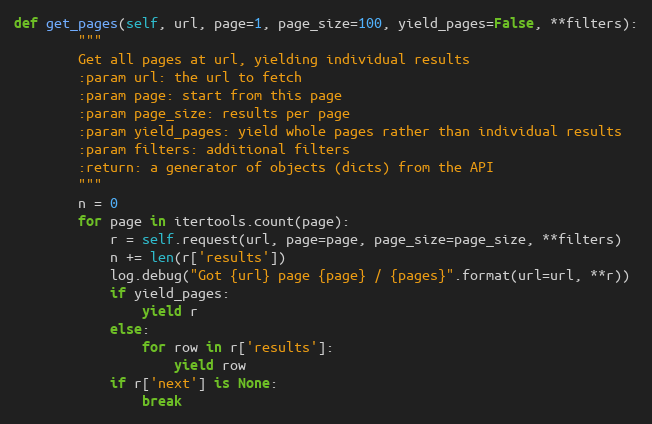
Language: Python
def get_pages(self, url, page=1, page_size=100, yield_pages=False, **filters):
        """
        Get all pages at url, yielding individual results
        :param url: the url to fetch
        :param page: start from this page
        :param page_size: results per page
        :param yield_pages: yield whole pages rather than individual results
        :param filters: additional filters
        :return: a generator of objects (dicts) from the API
        """
        n = 0
        for page in itertools.count(page):
            r = self.request(url, page=page, page_size=page_size, **filters)
            n += len(r['results'])
            log.debug("Got {url} page {page} / {pages}".format(url=url, **r))
            if yield_pages:
                yield r
            else:
                for row in r['results']:
                    yield row
            if r['next'] is None:
                break